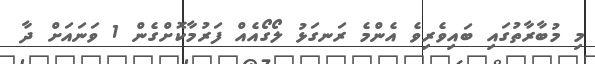
މި މުބާރާތުގައި ބައިވެރިވެ އެންމެ ރަނގަޅު ލޯގޯއެއް ފަރުމާކޮށްގެން 1 ވަނައަށް ދާ